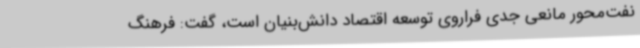
نفت‌محور مانعی جدی فراروی توسعه اقتصاد دانش‌بنیان است، گفت: فرهنگ